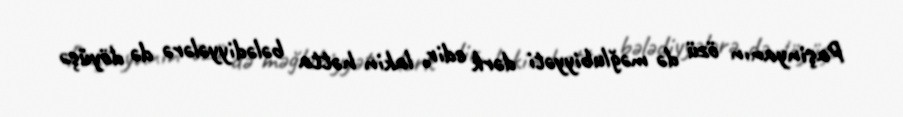
Paşinyanın özü də məğlubiyyəti dərk edir, lakin hətta bələdiyyələrə də döyüşə